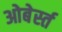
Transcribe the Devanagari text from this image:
ओबेर्स्त